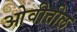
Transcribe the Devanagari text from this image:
ओवीतील